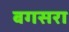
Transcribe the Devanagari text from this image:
बगसरा